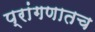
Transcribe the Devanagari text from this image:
प्रांगणातच